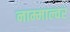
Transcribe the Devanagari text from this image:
नाम्माल्वर